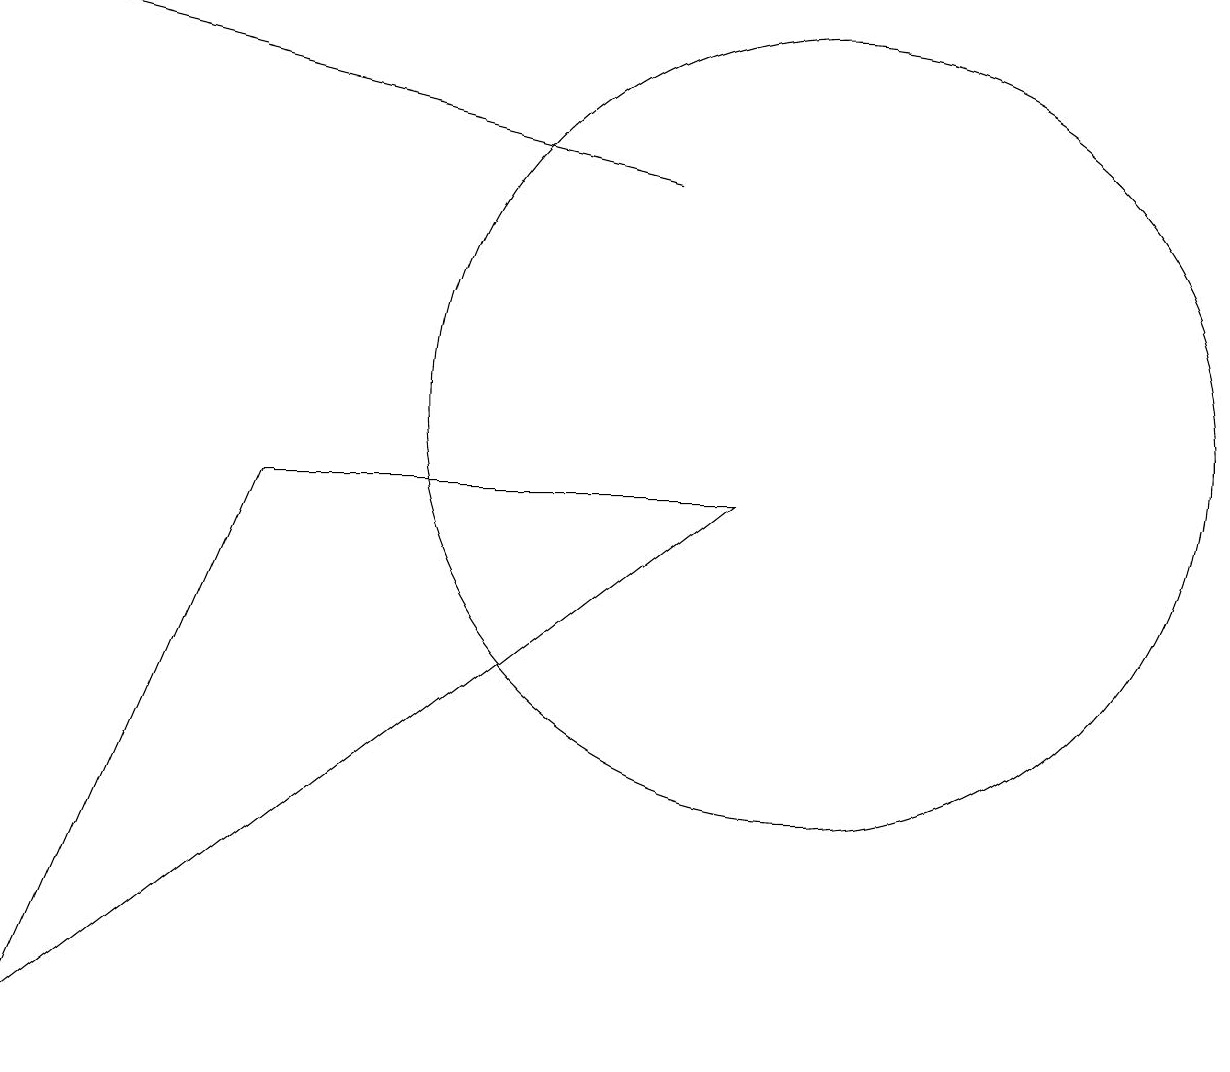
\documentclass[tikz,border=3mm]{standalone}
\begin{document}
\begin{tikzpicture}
\draw (3,9) -- (0,2) -- (9,9) -- cycle;
\draw[->] (8,13) -- (0,15);
\draw (10,10) circle (5);
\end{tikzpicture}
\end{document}